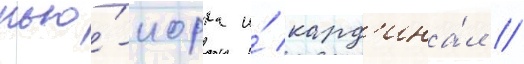
нью́-иорка и́ кард'ина́л //